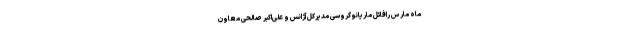
ماه مارس رافائل ماریانو گروسی مدیرکل آژانس و علی‌اکبر صالحی معاون